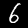
Label: 6